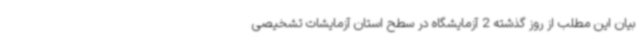
بیان این مطلب از روز گذشته 2 آزمایشگاه در سطح استان آزمایشات تشخیصی